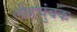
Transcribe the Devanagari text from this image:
लौहचुंबक